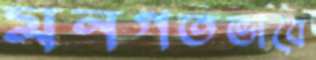
মনগতভাবে